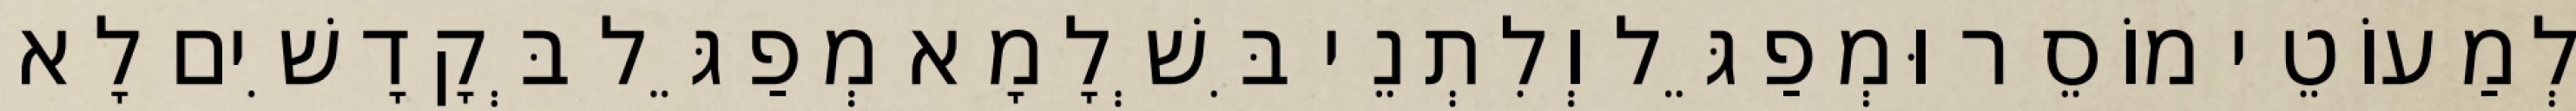
לְמַעוֹטֵי מוֹסֵר וּמְפַגֵּל וְלִתְנֵי בִּשְׁלָמָא מְפַגֵּל בְּקָדָשִׁים לָא